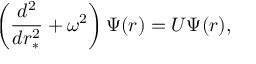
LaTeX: \left( \frac { d ^ { 2 } } { d r _ { \ast } ^ { 2 } } + \omega ^ { 2 } \right) \Psi ( r ) = U \Psi ( r ) ,